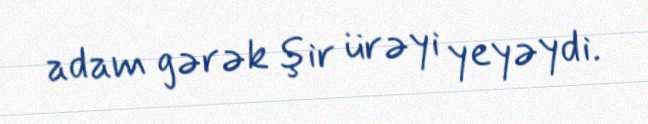
adam gərək şir ürəyi yeyəydi.